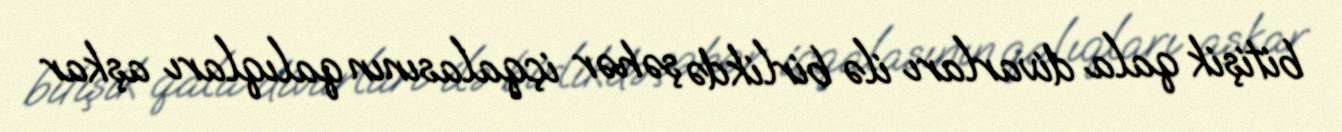
bitişik qala divarları ilə birlikdə şəhər içqalasının qalıqları aşkar